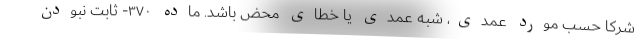
شرکا حسب مورد عمدی، شبه عمدی یا خطای محض باشد. ماده ۳۷۰- ثابت نبودن